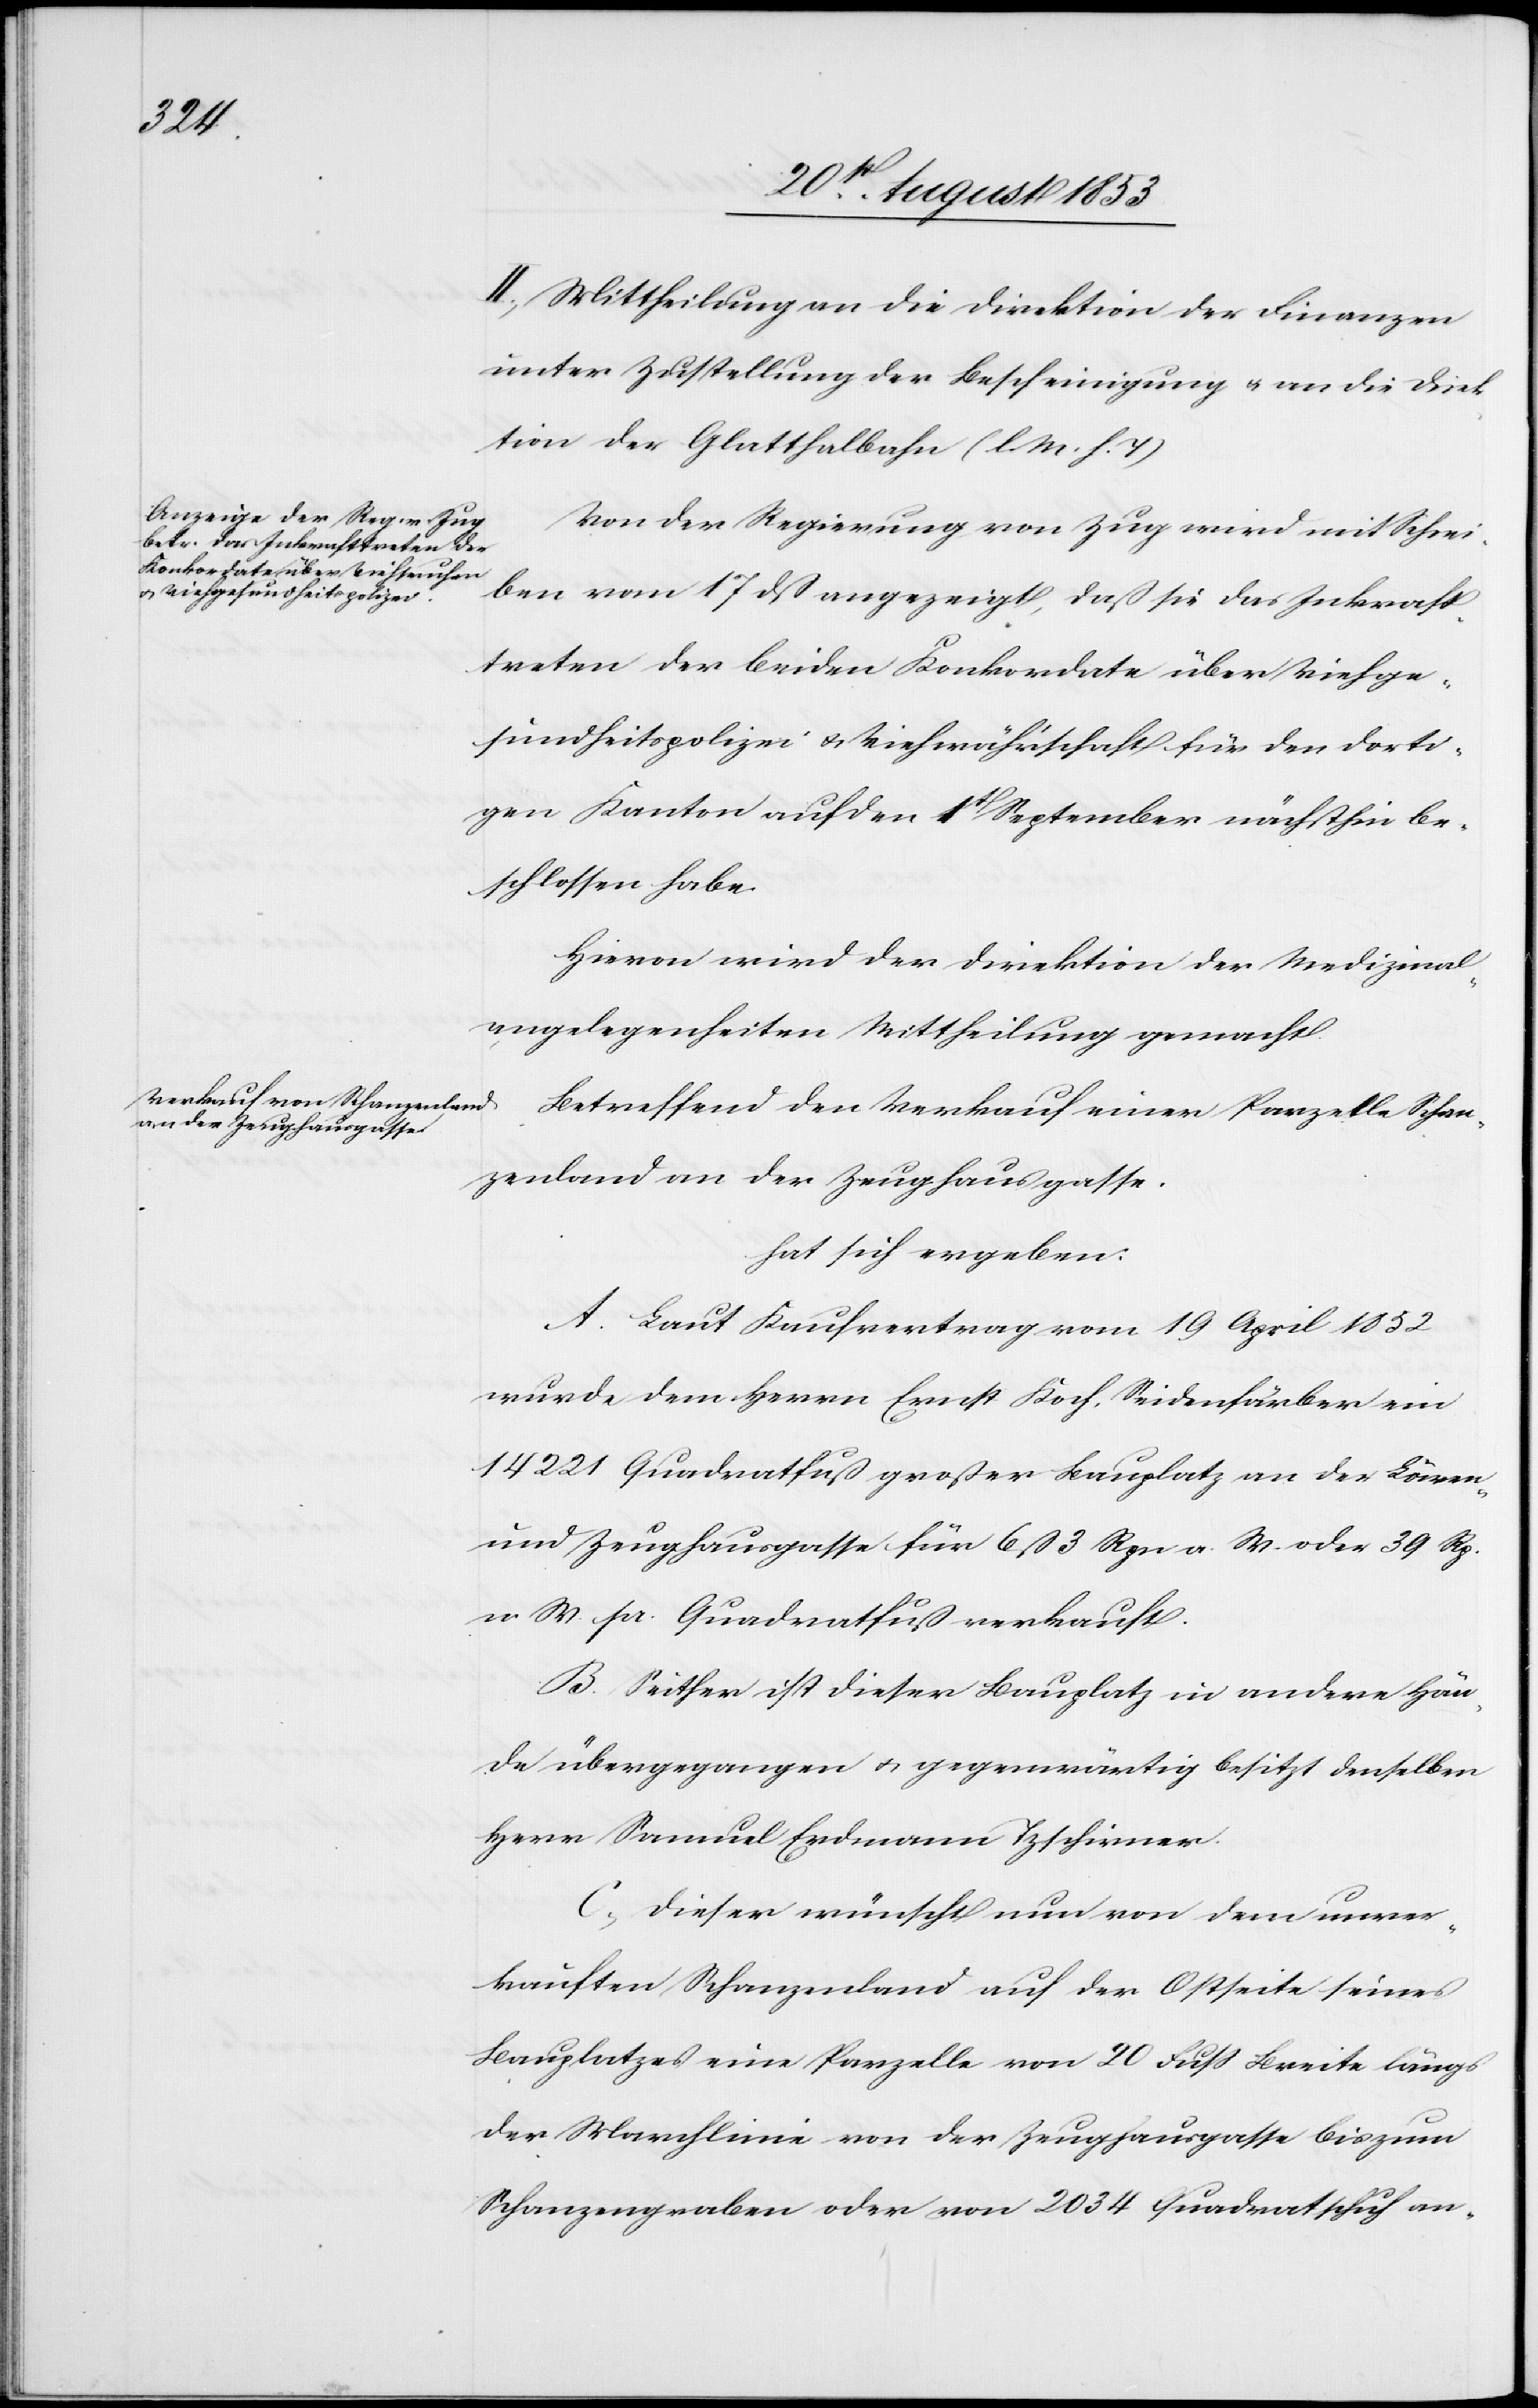
II. Mittheilung an die Direktion der Finanzen
unter Zustellung der Bescheinigung u. an die Direk¬
tion der Glatthalbahn [l. M. h. T].
Von der Regierung von Zug wird mit Schrei¬
ben vom 17 dß angezeigt, daß sie das Inkraft¬
treten der beiden Konkordate über Viehge¬
sundheitspolizei u. Viehwährschaft der dorti¬
gen Kantone auf den 1t September nächsthin be¬
schlossen habe.
Hievon wird der Direktion der Medizinal¬
angelegenheiten Mittheilung gemacht.
Betreffend den Verkauf einer Parzelle Schan¬
zenland an der Zeughausgasse.
hat sich ergeben:
A. Laut Kaufvertrag vom 19 April 1852
wurde dem Herrn Ernst Koch, Seidenfärber ein
14 221 Quadratfuß großer Bauplatz an der Löwen-
und Zeughausgasse für 6 ß 3 Rpn a. W. oder 39 Rp.
n. W. pr. Quadratfuß verkauft.
B. Seither ist dieser Bauplatz in andere Häu¬
ser übergegangen u. gegenwärtig besitzt denselben
Herrn Samuel Erdmann Tzschirner.
C, Dieser wünscht nun von dem unver¬
kauften Schanzenland auf der Ostseite seines
Bauplatzes eine Parzelle von 20 Fuß Breite längs
der Marschlinie von der Zeughausgasse bis zum
Schanzengraben oder von 2034 Quadratschuh an-